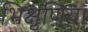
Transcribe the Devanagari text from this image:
भिक्षुणियाँ